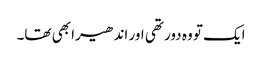
ایک تو وہ دور تھی اور اندھیرا بھی تھا۔